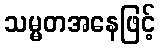
သမ္မတအနေဖြင့်